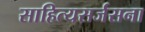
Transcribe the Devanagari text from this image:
साहित्यसर्जसना